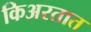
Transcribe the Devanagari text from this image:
किअरतात